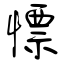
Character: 慓